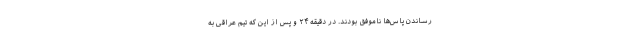
رساندن پاس‌ها ناموفق بودند. در دقیقه ۲۴ و پس از این که تیم عراقی به